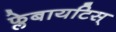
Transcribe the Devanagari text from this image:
फ्लेबायटिस्